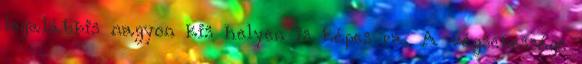
legalábbis nagyon kis helyen is képes rá. A végsebessége